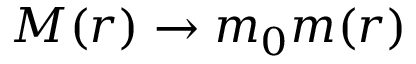
M ( \boldsymbol { r } ) \rightarrow m _ { 0 } m ( \boldsymbol { r } )